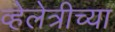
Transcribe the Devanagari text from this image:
व्हेलेत्रीच्या